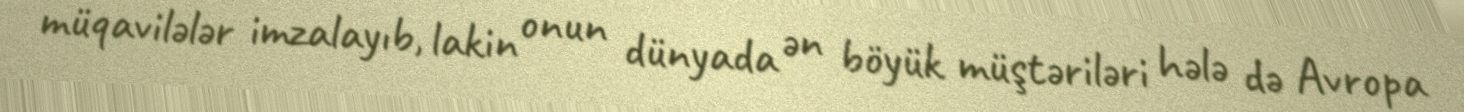
müqavilələr imzalayıb, lakin onun dünyada ən böyük müştəriləri hələ də Avropa